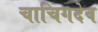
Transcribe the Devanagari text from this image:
चाचिगदेव